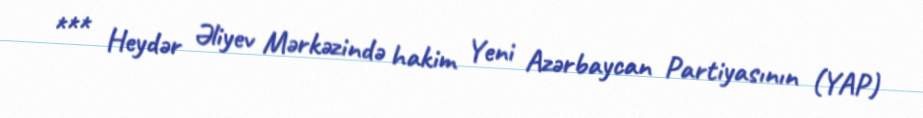
*** Heydər Əliyev Mərkəzində hakim Yeni Azərbaycan Partiyasının (YAP)